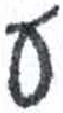
אות: ע